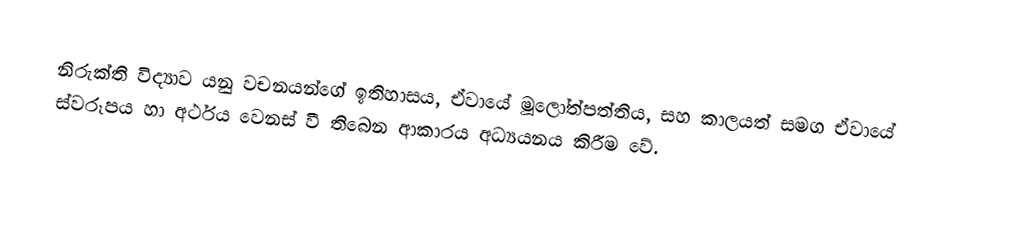
නිරුක්ති විද්‍යාව යනු වචනයන්ගේ ඉතිහාසය, ඒවායේ මූලෝත්පත්තිය, සහ කාලයත් සමග ඒවායේ ස්වරූපය හා අර්ථය වෙනස් වී තිබෙන ආකාරය අධ්‍යයනය කිරීම වේ.